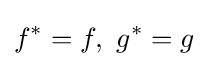
f^{*}=f,~g^{*}=g